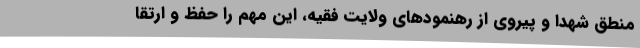
منطق شهدا و پیروی از رهنمودهای ولایت فقیه، این مهم را حفظ و ارتقا